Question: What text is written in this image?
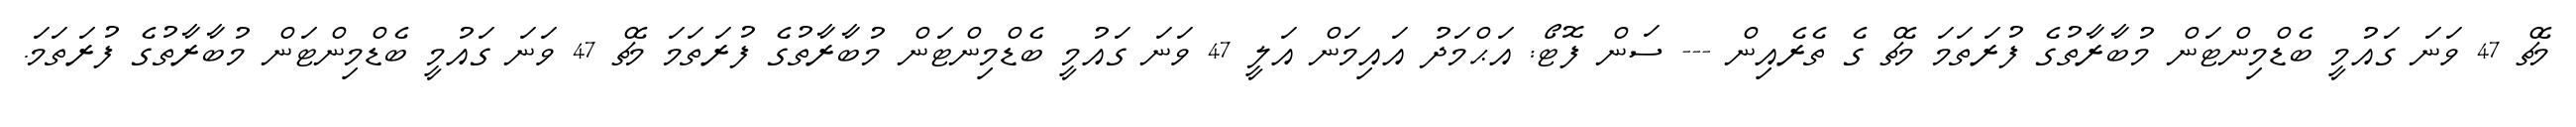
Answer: މެޗް 47 ވަނަ ގައުމީ ބެޑްމިންޓަން މުބާރާތުގެ ފުރަތަމަ މެޗް ގެ ތެރެއިން --- ސަން ފޮޓޯ: އަޙްމަދު އައިމަން އަލީ 47 ވަނަ ގައުމީ ބެޑްމިންޓަން މުބާރާތުގެ ފުރަތަމަ މެޗް 47 ވަނަ ގައުމީ ބެޑްމިންޓަން މުބާރާތުގެ ފުރަތަމަ.